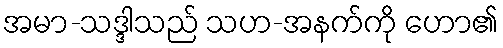
အမာ-သဒ္ဒါသည် သဟ-အနက်ကို ဟော၏